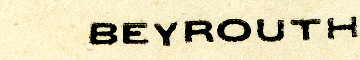
BEYROUTH